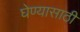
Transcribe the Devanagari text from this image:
घेण्‍यासाठी